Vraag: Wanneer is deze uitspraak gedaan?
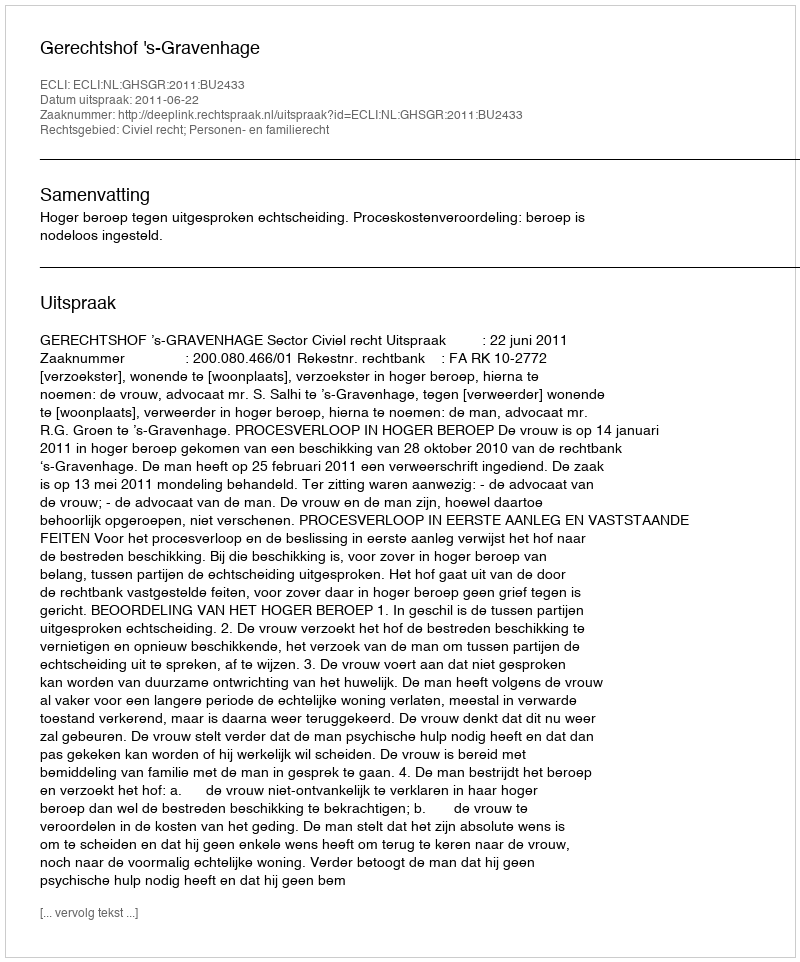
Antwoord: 2011-06-22